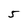
Character: 5